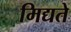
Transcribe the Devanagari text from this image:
मिद्यते